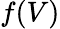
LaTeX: f(V)